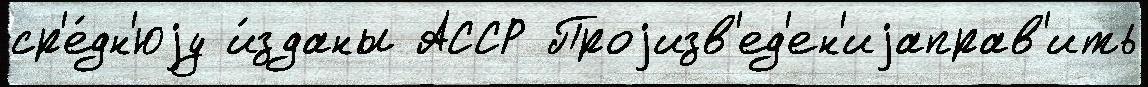
ср'е́дн'юjу и́зданы АССР Проjизв'ед'ен'иjаправ'ить